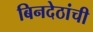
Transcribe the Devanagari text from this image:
बिनदेठांची